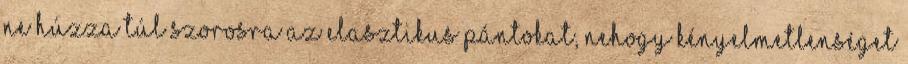
ne húzza túl szorosra az elasztikus pántokat, nehogy kényelmetlenséget